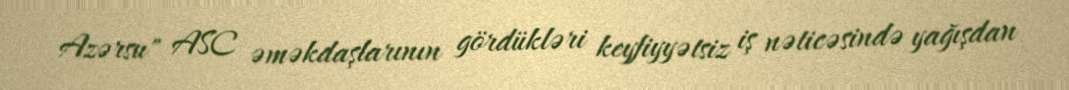
Azərsu" ASC əməkdaşlarının gördükləri keyfiyyətsiz iş nəticəsində yağışdan